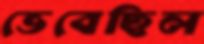
ভেবেছিল